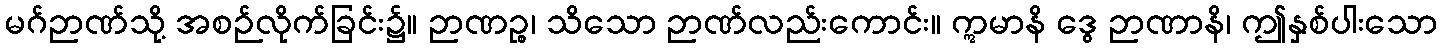
မဂ်ဉာဏ်သို့ အစဉ်လိုက်ခြင်း၌။ ဉာဏဉ္စ၊ သိသော ဉာဏ်လည်းကောင်း။ ဣမာနိ ဒွေ ဉာဏာနိ၊ ဤနှစ်ပါးသော